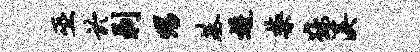
巫於剥甥基逶禁鞍溪